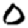
Digit: 0